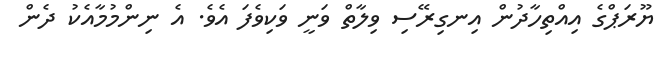
ޔޫރަޕްގެ އިއްތިހާދުން އިނގިރޭސި ވިލާތް ވަނީ ވަކިވެފަ އެވެ. އެ ނިންމުމާއެކު ދެން